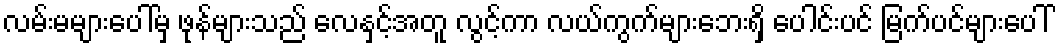
လမ်းမများပေါ်မှ ဖုန်များသည် လေနှင့်အတူ လွင့်ကာ လယ်ကွက်များဘေးရှိ ပေါင်းပင် မြက်ပင်များပေါ်